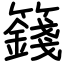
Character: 籛